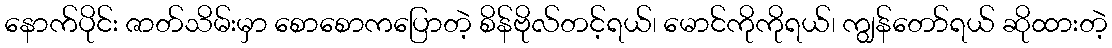
နောက်ပိုင်း ဇာတ်သိမ်းမှာ စောစောကပြောတဲ့ စိန်ဗိုလ်တင့်ရယ်၊ မောင်ကိုကိုရယ်၊ ကျွန်တော်ရယ် ဆိုထားတဲ့